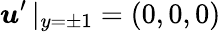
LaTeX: \boldsymbol{u}^{\prime}\, |_{y=\pm 1}=(0,0,0)